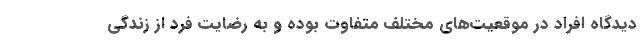
دیدگاه افراد در موقعیت‌های مختلف متفاوت بوده و به رضایت فرد از زندگی